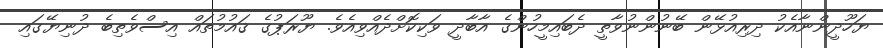
ޔަހޫދީންނާއެކު ދިރިއުޅޭން ބޭނުންނުވާތީ ދެބައިމީހުންގެ އާބާދީ ވަކިކޮށްދެއްވިއެވެ. ޔޫރަޕުގެ ޤައުމުތައް އިސްވެތިބެ ދުނިޔޭގައި